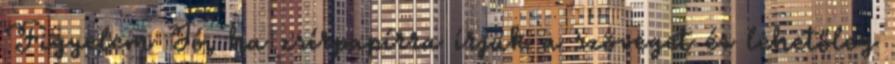
Figyelem Jó, ha zsírpapírra írjuk a szöveget és lehetőleg